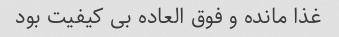
غذا مانده و فوق العاده بی کیفیت بود